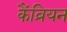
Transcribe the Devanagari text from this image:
कैंव्रियन